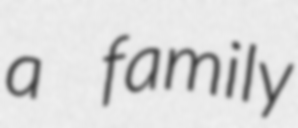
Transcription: a family